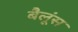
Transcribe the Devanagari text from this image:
बैलूंस